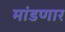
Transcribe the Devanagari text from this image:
मांडणार